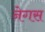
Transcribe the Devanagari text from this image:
नेगस